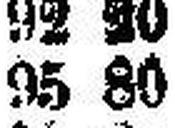
95 80